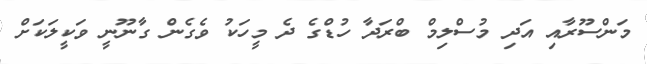
މަންސޫރާއި އަދި މުސްލިމް ބްރަދާ ހުޑްގެ ދެ މީހަކު ވެގެން ގާނޫނީ ވަކީލަކަށް